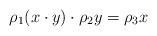
LaTeX: \begin{align*} \rho_1 (x \cdot y) \cdot \rho_2 y= \rho_3 x\end{align*}